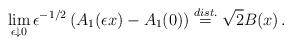
LaTeX: \begin{align*}\lim_{\epsilon\downarrow 0}\epsilon^{-1/2}\left(A_1(\epsilon x)-A_1(0)\right)\stackrel{dist.}{=} \sqrt{2}B(x)\,.\end{align*}